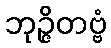
ဘုဉ္ဇိတဗ္ဗံ